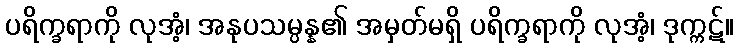
ပရိက္ခရာကို လုအံ့၊ အနုပသမ္ပန္န၏ အမှတ်မရှိ ပရိက္ခရာကို လုအံ့၊ ဒုက္ကဋ်။